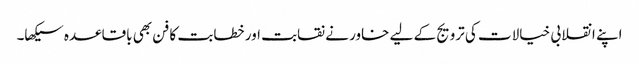
اپنے انقلابی خیالات کی ترویج کے لیے خاور نے نقابت اور خطابت کا فن بھی باقاعدہ سیکھا۔